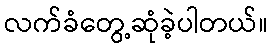
လက်ခံတွေ့ဆုံခဲ့ပါတယ်။